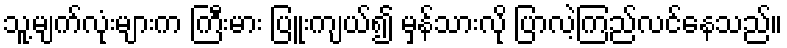
သူ့မျက်လုံးများက ကြီးမား ပြူးကျယ်၍ မှန်သားလို ပြာလဲ့ကြည်လင်နေသည်။